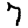
Digit: 7